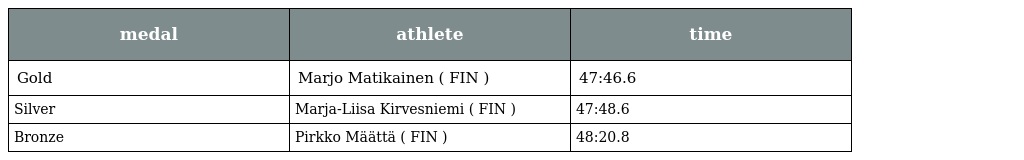
| medal | athlete | time |
 | --- | --- | --- |
 | Gold | Marjo Matikainen ( FIN ) | 47:46.6 |
 | Silver | Marja-Liisa Kirvesniemi ( FIN ) | 47:48.6 |
 | Bronze | Pirkko Määttä ( FIN ) | 48:20.8 |